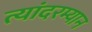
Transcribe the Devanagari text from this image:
त्यांदरम्यान